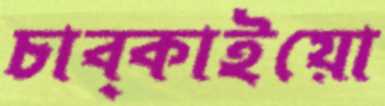
চাব্‌কাইয়ো